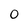
Character: 0